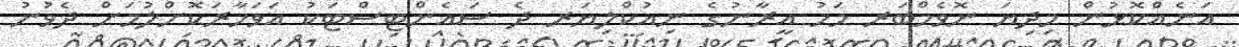
އަނެއްކޮޅުން މިދިޔަ ނޮވެމްބަރ މަހު އީރާނުގެ ނިއުކްލިޔަރ ދެ ސައެންޓިސްޓަކު އަވަހާރަކޮށްލުމަށް ދެވުނު